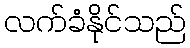
လက်ခံနိုင်သည်